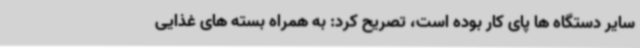
سایر دستگاه ها پای کار بوده است، تصریح کرد: به همراه بسته های غذایی